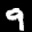
Label: 9